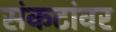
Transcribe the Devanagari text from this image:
संकटांवर